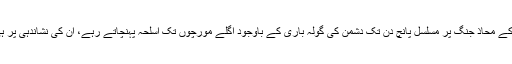
1971کی جنگ میں سیالکوٹ میں ظفر وال اور شکر گڑھ کے محاذ جنگ پر مسلسل پانچ دن تک دشمن کی گولہ باری کے باوجود اگلے مورچوں تک اسلحہ پہنچاتے رہے، ان کی نشاندہی پر ہی پاک آرمی نے ہندوستان کی فوج کے 16 ٹینک تباہ کیے۔